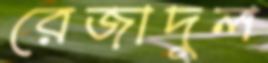
রেজাদুল